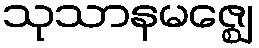
သုသာနမဇ္ဈေ